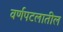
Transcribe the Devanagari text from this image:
वर्णपटलातील